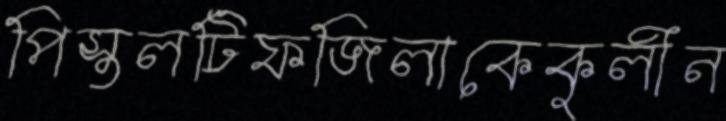
পিস্তলটিফজিলাকেকুলীন